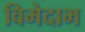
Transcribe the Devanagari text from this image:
विमेदाभ